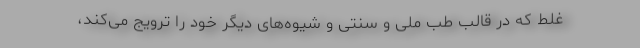
غلط که در قالب طب ملی و سنتی و شیوه‌های دیگر خود را ترویج می‌کند،